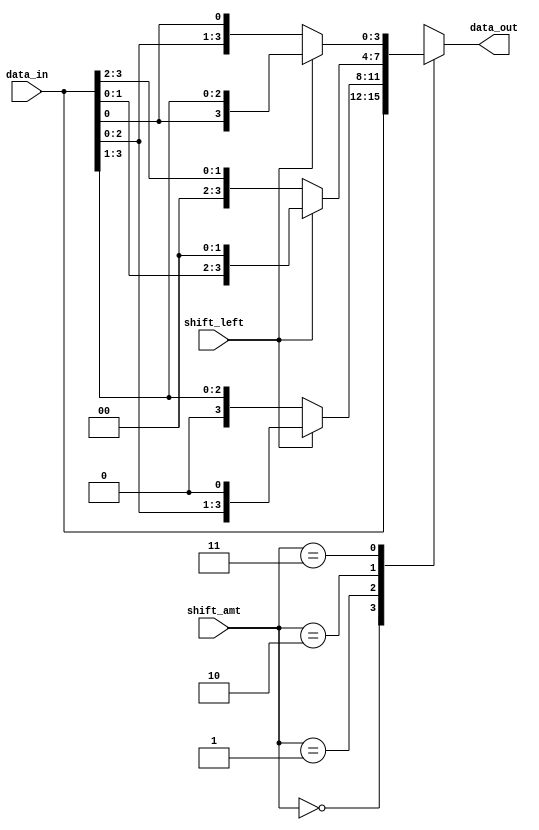
module barrel_shifter(input wire [3:0] data_in,
                      input wire [1:0] shift_amt,
                      input wire shift_left,
                      output reg [3:0] data_out);

  always @(*) begin
    case(shift_amt)
      2'b00: data_out = data_in; // No shift
      2'b01: data_out = shift_left ? {data_in[2:0], 1'b0} : {1'b0, data_in[3:1]}; // Shift right by 1
      2'b10: data_out = shift_left ? {data_in[1:0], 2'b00} : {2'b00, data_in[3:2]}; // Shift left by 1
      2'b11: data_out = shift_left ? {data_in[0], data_in[3:1]} : {data_in[2:0], data_in[0]}; // Rotate right by 1
    endcase
  end

endmodule